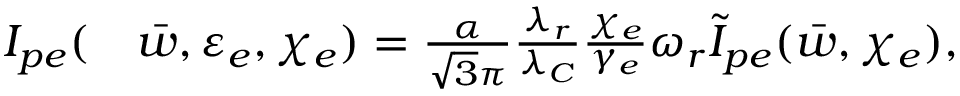
\begin{array} { r l } { I _ { p e } ( } & { { } \bar { w } , \varepsilon _ { e } , \chi _ { e } ) = \frac { \alpha } { \sqrt { 3 } \pi } \frac { \lambda _ { r } } { \lambda _ { C } } \frac { \chi _ { e } } { \gamma _ { e } } \omega _ { r } \tilde { I } _ { p e } ( \bar { w } , \chi _ { e } ) , } \end{array}